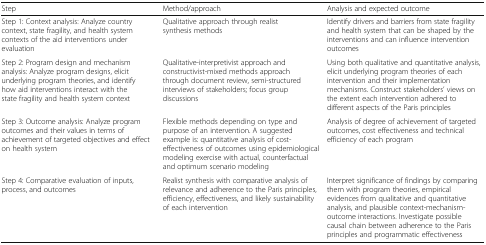
| Step | Method/approach | Analysis and expected outcome |
 | --- | --- | --- |
 | Step 1: Context analysis: Analyze country context, state fragility, and health system contexts of the aid interventions under evaluation | Qualitative approach through realist synthesis methods | Identify drivers and barriers from state fragility and health system that can be shaped by the interventions and can influence intervention outcomes |
 | Step 2: Program design and mechanism analysis: Analyze program designs, elicit underlying program theories, and identify how aid interventions interact with the state fragility and health system context | Qualitative-interpretivist approach and constructivist-mixed methods approach through document review, semi-structured interviews of stakeholders; focus group discussions | Using both qualitative and quantitative analysis, elicit underlying program theories of each intervention and their implementation mechanisms. Construct stakeholders’ views on the extent each intervention adhered to different aspects of the Paris principles |
 | Step 3: Outcome analysis: Analyze program outcomes and their values in terms of achievement of targeted objectives and effect on health system | Flexible methods depending on type and purpose of an intervention. A suggested example is: quantitative analysis of cost-effectiveness of outcomes using epidemiological modeling exercise with actual, counterfactual and optimum scenario modeling | Analysis of degree of achievement of targeted outcomes, cost effectiveness and technical efficiency of each program |
 | Step 4: Comparative evaluation of inputs, process, and outcomes | Realist synthesis with comparative analysis of relevance and adherence to the Paris principles, efficiency, effectiveness, and likely sustainability of each intervention | Interpret significance of findings by comparing them with program theories, empirical evidences from qualitative and quantitative analysis, and plausible context-mechanism-outcome interactions. Investigate possible causal chain between adherence to the Paris principles and programmatic effectiveness |